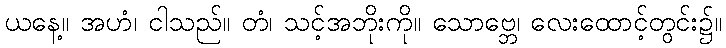
ယနေ့။ အဟံ၊ ငါသည်။ တံ၊ သင့်အဘိုးကို။ သောဗ္ဘေ၊ လေးထောင့်တွင်း၌။